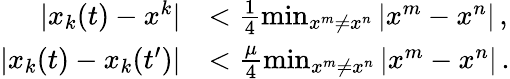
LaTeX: \begin{array}{rl}{|x_{k}(t)-x^{k}|}&{<\frac{1}{4}\operatorname*{min}_{x^{m}\neq x^{n}}|x^{m}-x^{n}|\, ,}\\ {|x_{k}(t)-x_{k}(t^{\prime})|}&{<\frac{\mu}{4}\operatorname*{min}_{x^{m}\neq x^{n}}|x^{m}-x^{n}|\, .}\end{array}